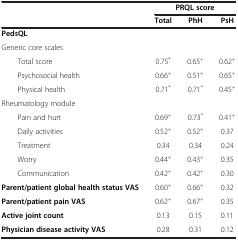
| <ROWSPAN=2>  | <COLSPAN=3> PRQL score |
 | Total | PhH | PsH |
 | --- | --- | --- | --- |
 | <COLSPAN=4> PedsQL |
 | Generic core scales |  |  |  |
 | Total score | 0.75* | 0.65+ | 0.62+ |
 | Psychosocial health | 0.66+ | 0.51+ | 0.65+ |
 | Physical health | 0.71* | 0.71* | 0.45+ |
 | Rheumatology module |  |  |  |
 | Pain and hurt | 0.69+ | 0.73* | 0.41+ |
 | Daily activities | 0.52+ | 0.52+ | 0.37 |
 | Treatment | 0.34 | 0.34 | 0.24 |
 | Worry | 0.44+ | 0.43+ | 0.35 |
 | Communication | 0.42+ | 0.42+ | 0.30 |
 | Parent/patient global health status VAS | 0.60+ | 0.66+ | 0.32 |
 | Parent/patient pain VAS | 0.62+ | 0.67+ | 0.35 |
 | Active joint count | 0.13 | 0.15 | 0.11 |
 | Physician disease activity VAS | 0.28 | 0.31 | 0.12 |